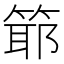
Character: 𥯘